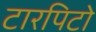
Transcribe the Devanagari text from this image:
टारपिटो